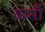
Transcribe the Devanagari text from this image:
कर्सी